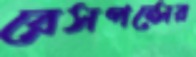
রেসপন্সের